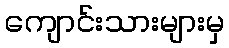
ကျောင်းသားများမှ